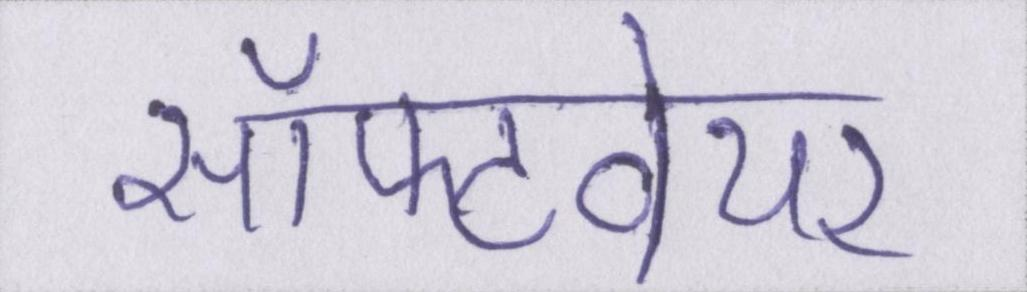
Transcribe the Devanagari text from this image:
सॉफ्टवेयर